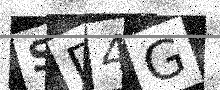
Text: SD4G